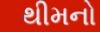
થીમનો